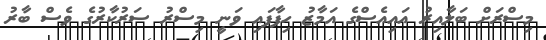
މިސްރަށް ބަލާއިރު އައިއެސްގެ އަމާޒު ހިފާފައި ވަނީ މިސްރު ސަރުކާރުގެ ވެސް ބާރު